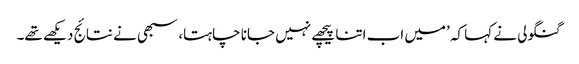
گنگولی نے کہا کہ ’میں اب اتنا پیچھے نہیں جانا چاہتا، سبھی نے نتائج دیکھے تھے۔